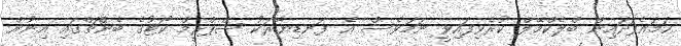
ހަމައެފަދައިން ބްލެކްމޭލް ކުރެވިފައިވީ ނަމަވެސް އެ ފަނޑިޔާރަކު ސްޕްރީމް ކޯޓުގެ ބެންޗްގައި އިނުން